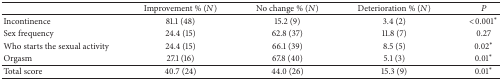
|  | Improvement % (N) | No change % (N) | Deterioration % (N) | P |
 | --- | --- | --- | --- | --- |
 | Incontinence | 81.1 (48) | 15.2 (9) | 3.4 (2) | <0.001* |
 | Sex frequency | 24.4 (15) | 62.8 (37) | 11.8 (7) | 0.27 |
 | Who starts the sexual activity | 24.4 (15) | 66.1 (39) | 8.5 (5) | 0.02* |
 | Orgasm | 27.1 (16) | 67.8 (40) | 5.1 (3) | 0.01* |
 | Total score | 40.7 (24) | 44.0 (26) | 15.3 (9) | 0.01* |